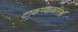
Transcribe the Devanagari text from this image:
टाकण्याकरितां